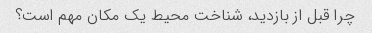
چرا قبل از بازدید، شناخت محیط یک مکان مهم است؟